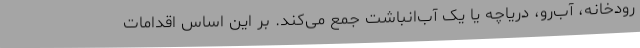
رودخانه، آب‌رو، دریاچه یا یک آب‌انباشت جمع می‌کند. بر این اساس اقدامات